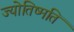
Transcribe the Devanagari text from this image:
ज्योतिष्मति